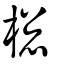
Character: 樬